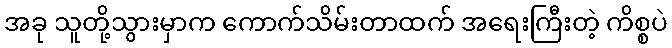
အခု သူတို့သွားမှာက ကောက်သိမ်းတာထက် အရေးကြီးတဲ့ ကိစ္စပဲ